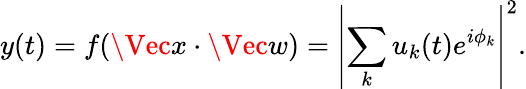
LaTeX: y(t)=f(\Vec{x}\cdot\Vec{w})=\left|\sum_{k}u_{k}(t)e^{i\phi_{k}}\right|^{2}.